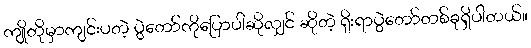
ကျိုတိုမှာကျင်းပတဲ့ ပွဲတော်ကိုပြောပါဆိုလျှင် ဆိုတဲ့ ရိုးရာပွဲတော်တစ်ခုရှိပါတယ်။